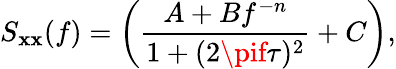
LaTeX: S_{\mathbf{x}\mathbf{x}}(f)=\left(\frac{{A+Bf^{-n}}}{{1+(2\pif\tau)^{2}}}+C\right),